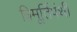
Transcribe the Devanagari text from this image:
त्रिमूर्तिपंथी